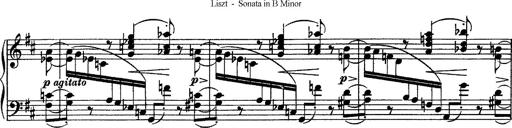
Title: Piano Sonata
Composer: Karl HÃ¤ssler
Key: C major